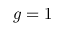
g = 1